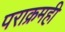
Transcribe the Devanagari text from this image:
पराक्रमही